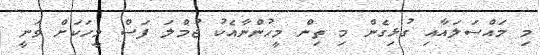
މި މައްސަލައާއި ގުޅިގެން މި ތިން މީހުންނާއެކު ޖުމްލަ ފަސް މީހަކަށް ވަނީ